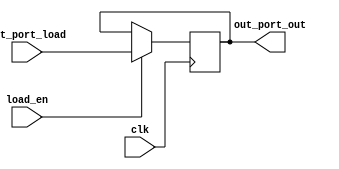
`timescale 1ns / 1ps
//////////////////////////////////////////////////////////////////////////////////
// Company: 
// Engineer: 
// 
// Design Name: 
// Module Name: out_port
// Project Name: 
// Target Devices: 
// Tool Versions: 
// Description: 
// 
// Dependencies: 
// 
// Revision:
// Revision 0.01 - File Created
// Additional Comments:
// 
//////////////////////////////////////////////////////////////////////////////////


module out_port(out_port_load,load_en,out_port_out,clk);

    input [7:0] out_port_load;
    output reg [7:0] out_port_out;
    input load_en,clk;
    
    always @(posedge clk)
    begin
        if(load_en)
            out_port_out <= out_port_load;
        else
            out_port_out <= out_port_out;
    end
    
endmodule